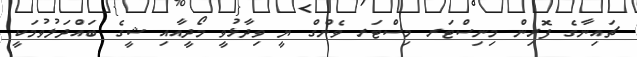
ޗައިނާގެ ފޮރިން މިނިސްޓަރ މިސްޓަރ ވެންގް ޔީ ވިދާޅުވީ މޯދީއާއި ޝީގެ ބައްދަލުވުމަކީ